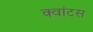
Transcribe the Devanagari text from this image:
क्‍वांटस